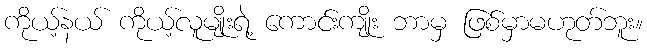
ကိုယ့်နယ် ကိုယ့်လူမျိုးရဲ့ ကောင်းကျိုး ဘာမှ ဖြစ်မှာမဟုတ်ဘူး။